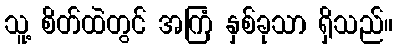
သူ့ စိတ်ထဲတွင် အကြံ နှစ်ခုသာ ရှိသည်။